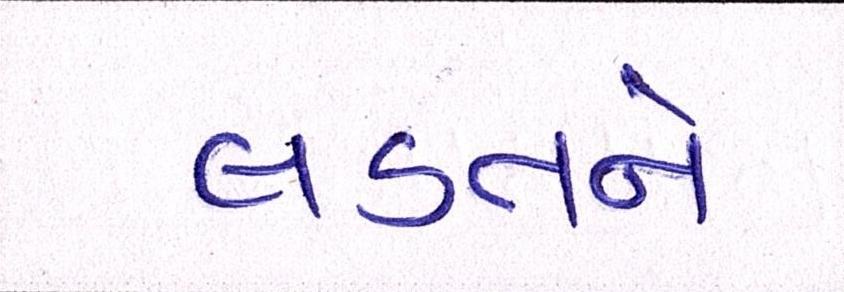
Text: લડતને